Annual report on the Civil Veterinary Department, Burma (including the Insein Veterinary School) - 1932-1941
Year: 1932
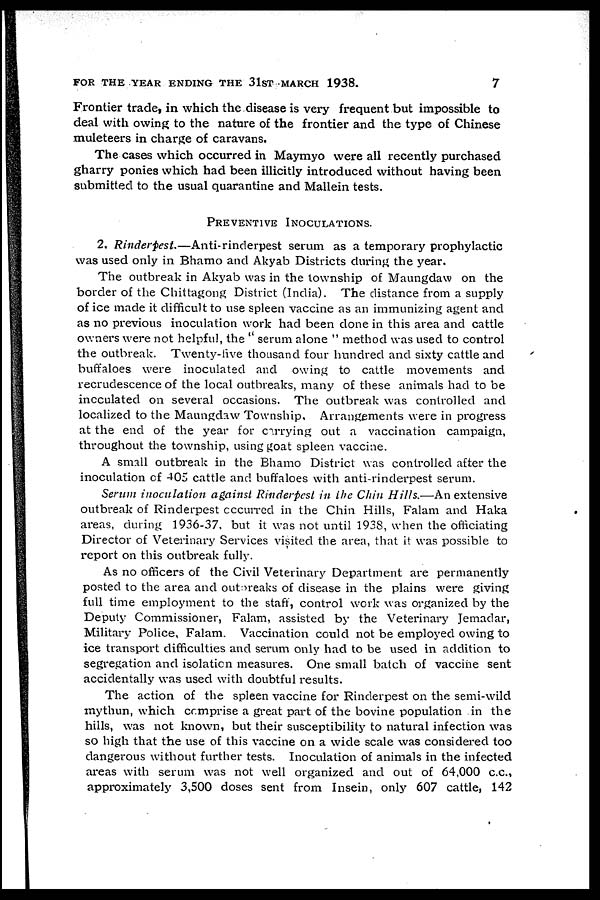
FOR THE YEAR ENDING THE 31ST MARCH 1938.
7
Frontier trade, in which the disease is very frequent but impossible to
deal with owing to the nature of the frontier and the type of Chinese
muleteers in charge of caravans.
The cases which occurred in Maymyo were all recently purchased
gharry ponies which had been illicitly introduced without having been
submitted to the usual quarantine and Mallein tests.
PREVENTIVE INOCULATIONS.
2, Rinderpest.—Anti-rinderpest
serum as a temporary prophylactic
was used only in Bhamo and Akyab Districts during the year.
The outbreak in Akyab was in the township of Maungdaw on the
border of the Chittagong District (India). The distance from a supply
of ice made it difficult to use spleen vaccine as an immunizing agent and
as no previous inoculation work had been done in this area and cattle
owners were not helpful, the " serum alone " method was used to control
the outbreak. Twenty-five thousand four hundred and sixty cattle and
buffaloes were inoculated and owing to cattle movements and
recrudescence of the local outbreaks, many of these animals had to be
inoculated on several occasions. The outbreak was controlled and
localized to the Maungdaw Township, Arrangements were in progress
at the end of the year for carrying out a vaccination campaign,
throughout the township, using goat spleen vaccine.
A small outbreak in the Bhamo District was controlled after the
inoculation of 405 cattle and buffaloes with anti-rinderpest serum.
Serum inoculation against Rinderpest in the Chin Hills.—An extensive
outbreak of Rinderpest occurred in the Chin Hills, Falam and Haka
areas, during 1936-37, but it was not until 1938, when the officiating
Director of Veterinary Services visited the area, that it was possible to
report on this outbreak fully.
As no officers of the Civil Veterinary Department are permanently
posted to the area and outbreaks of disease in the plains were giving
full time employment to the staff, control work was organized by the
Deputy Commissioner, Falam, assisted by the Veterinary Jemadar,
Military Police, Falam. Vaccination could not be employed owing to
ice transport difficulties and serum only had to be used in addition to
segregation and isolation measures. One small batch of vaccine sent
accidentally was used with doubtful results.
The action of the spleen vaccine for Rinderpest on the semi-wild
mythun, which comprise a great part of the bovine population in the
hills, was not known, but their susceptibility to natural infection was
so high that the use of this vaccine on a wide scale was considered too
dangerous without further tests. Inoculation of animals in the infected
areas with serum was not well organized and out of 64,000 c.c.,
approximately 3,500 doses sent from Insein, only 607 cattle, 142